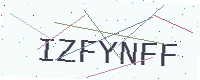
Text: IZFYNFF